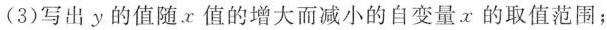
(3)写出y的值随。x值的增大而减小的自变量x的取值范围；